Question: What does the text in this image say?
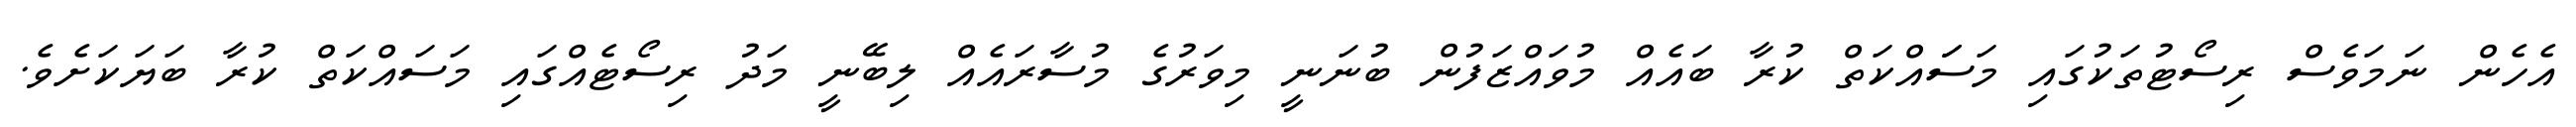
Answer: އެހެން ނަމަވެސް ރިސޯޓުތަކުގައި މަސަައްކަތް ކުރާ ބައެއް މުވައްޒަފުން ބުނަނީ މިވަރުގެ މުސާރައެއް ލިބޭނީ މަދު ރިސޯޓެއްގައި މަސައްކަތް ކުރާ ބަޔަކަށެވެ.